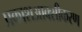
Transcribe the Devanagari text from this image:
प्रकाशआक्सीकरण